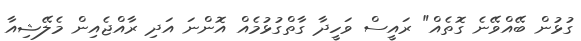
ގުޅުން ބޭއްވޭނެ ގޮތެއް" ރައީސް ވަހީދާ ގާތްގުޅުމެއް އޮންނަ އަދި ރާއްޖެއިން މެލޭޝިއާ